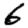
Digit: 6